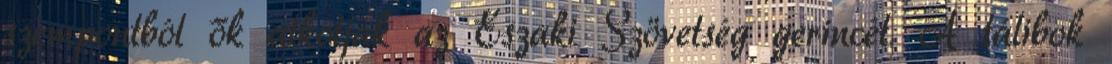
szempontból ők alkotják az Északi Szövetség gerincét. A tálibok